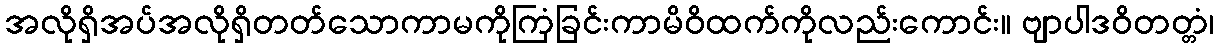
အလိုရှိအပ်အလိုရှိတတ်သောကာမကိုကြံခြင်းကာမိဝိထက်ကိုလည်းကောင်း။ ဗျာပါဒဝိတတ္တံ၊